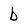
Character: b